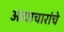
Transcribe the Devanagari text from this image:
अत्याचारांचे